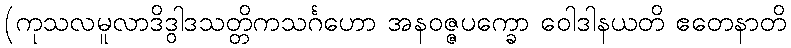
(ကုသလမူလာဒိဒွါဒသတ္တိကသင်္ဂဟော အနဝဇ္ဇပက္ခော ဝေါဒါနယတိ ဧတေနာတိ